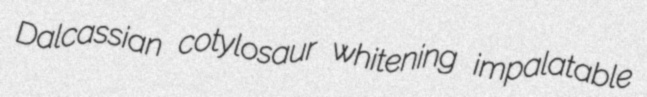
Dalcassian cotylosaur whitening impalatable